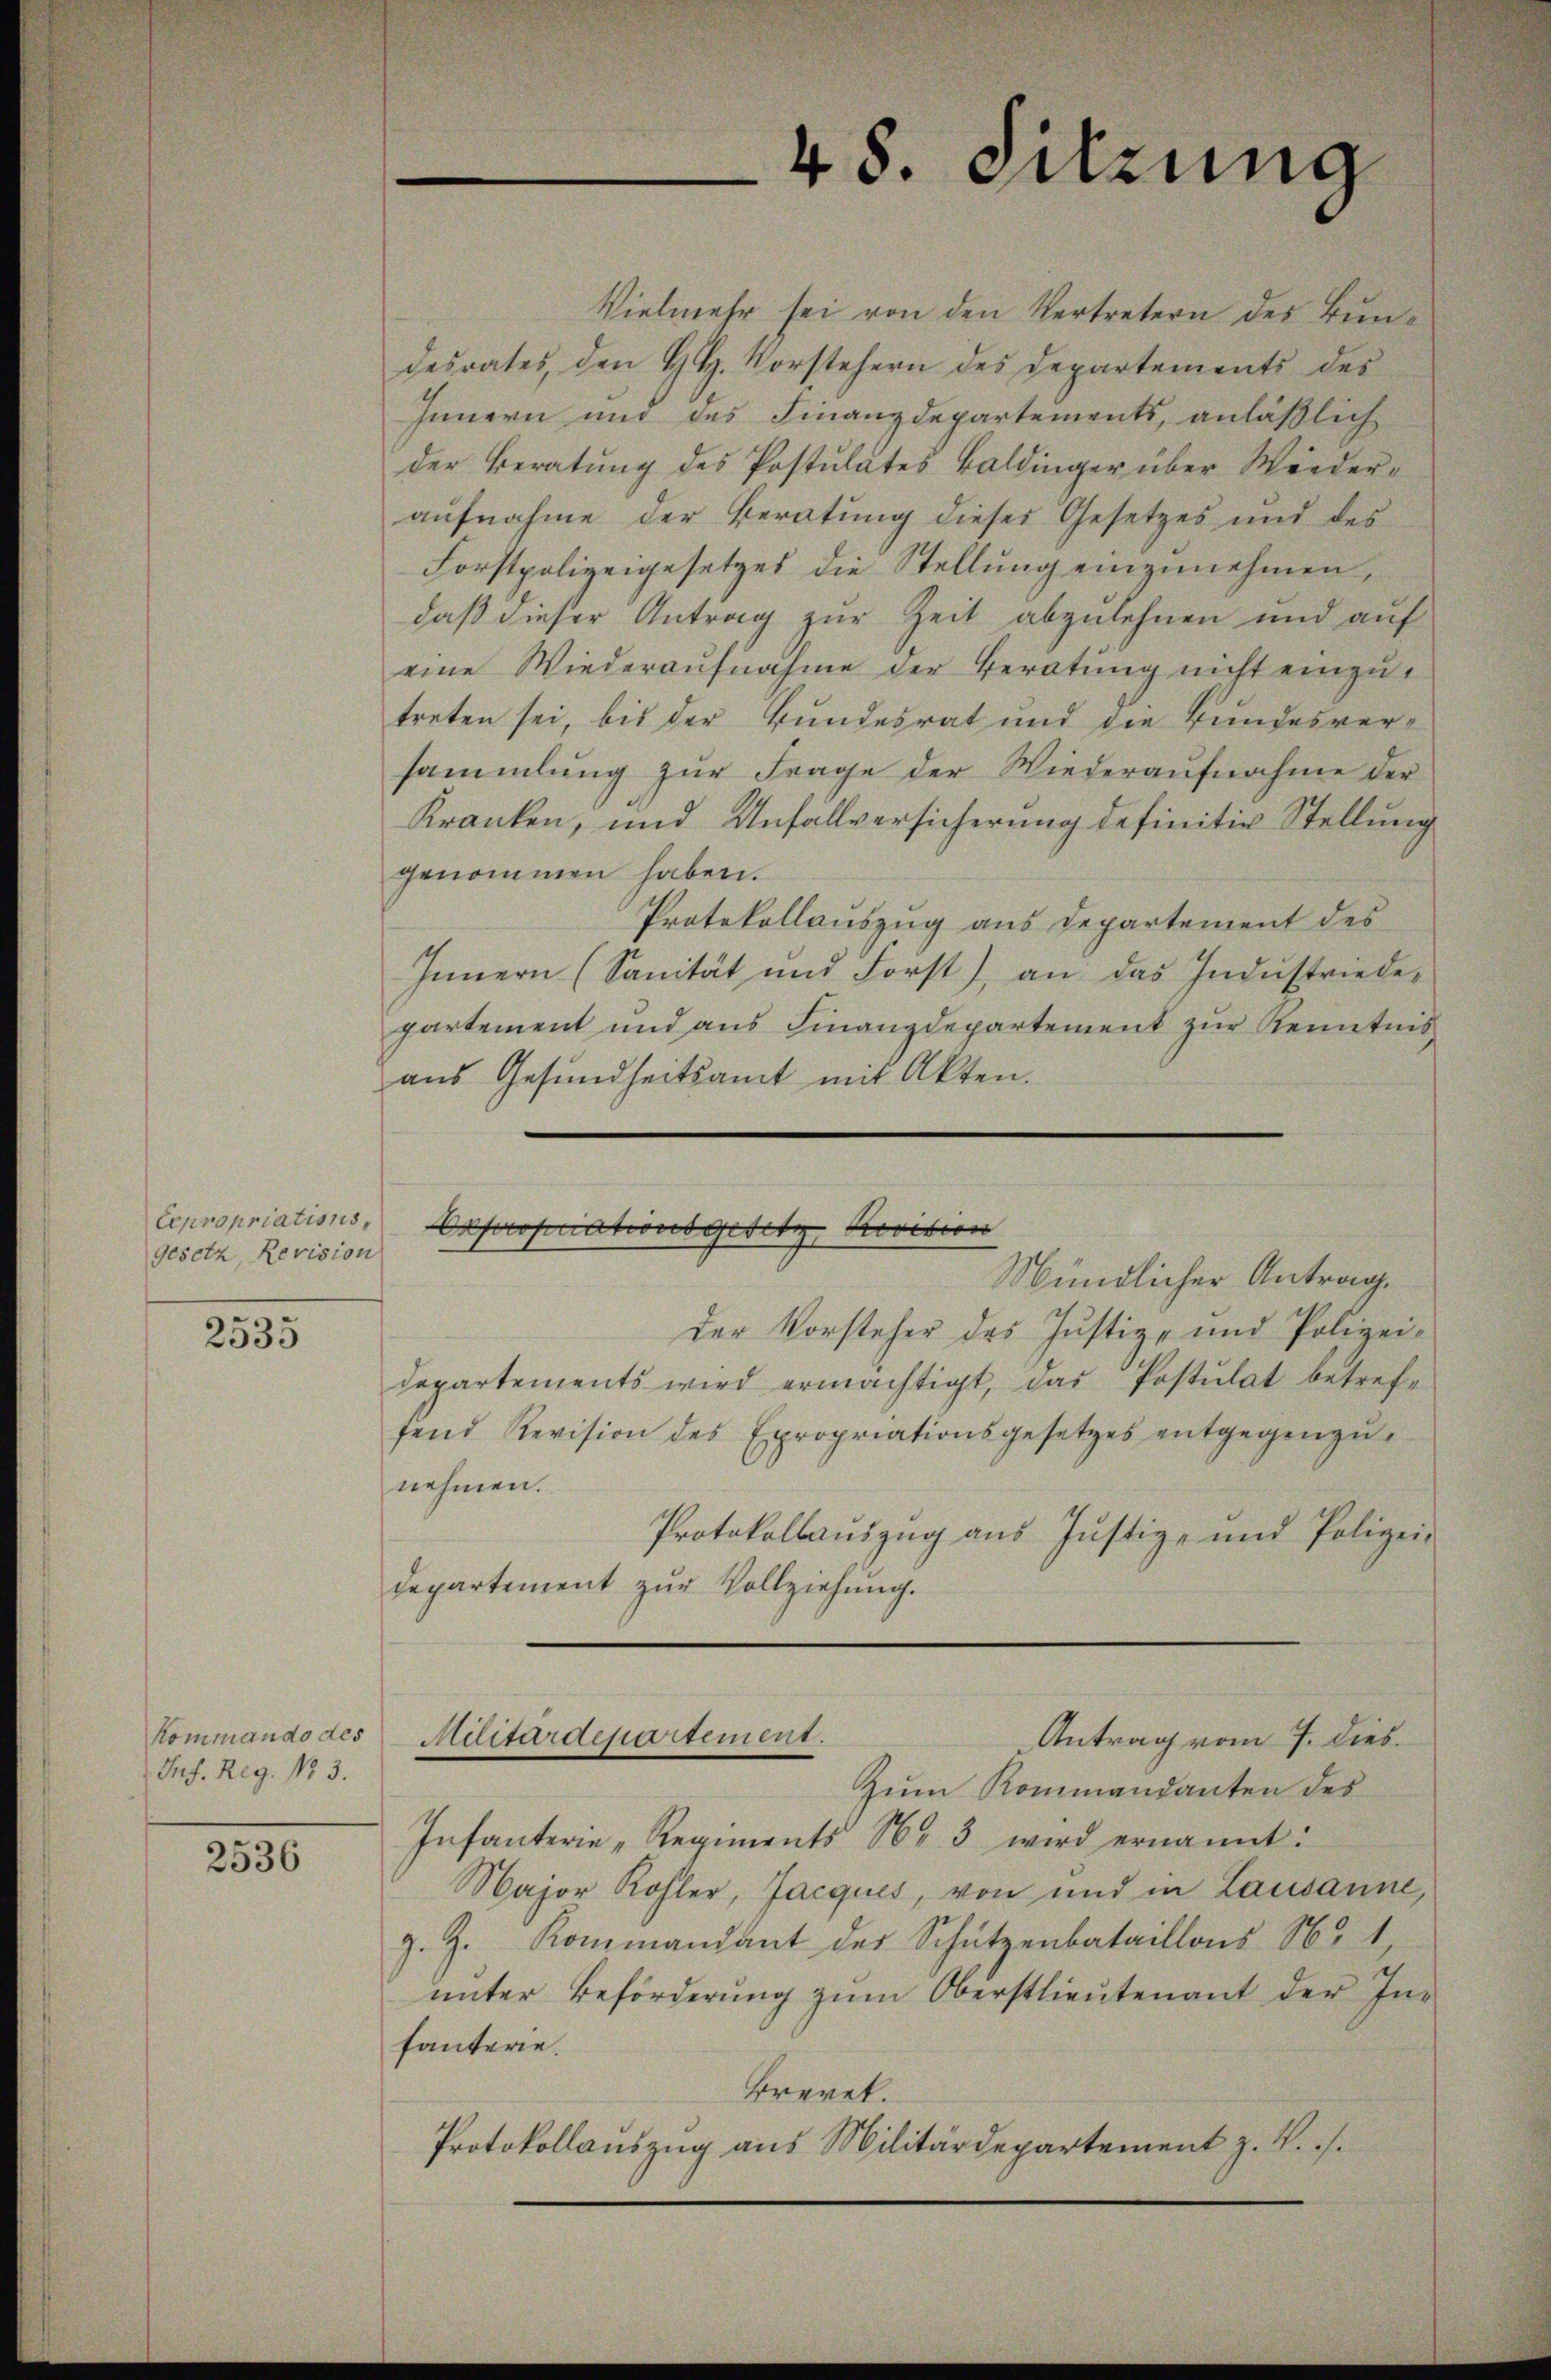
Expropriations,
Gesetz, Revision

2535

Kommando des
Inf. Reg. No 3.

2536

48. Sitzung

Vielmehr sei von den Vertretern des Bundesrates, den H. H. Vorstehern des Departements des
Innern und des Finanzdepartements, anläßlich
der Beratung des Postulates Baldinger über Wiederaufnahme der Beratung dieses Gesetzes und des
Forstpolizeigesetzes die Stellung einzunehmen,
daß dieser Antrag zur Zeit abzulehnen und auf
eine Wiederaufnahme der Beratung nicht einzutreten sei, bis der Bundesrat und die Bundesversammlung zur Frage der Wiederaŭfnahme der
Kranken, und Unfallversicherung definitiv Stellung
genommen haben.
Protokollauszug aus Departement des
Innern (Sanität und Forst), an das Industriedepartement und aus Finanzdepartement zŭr Kenntnis
aus Gesundheitsamt mit Akten.

Orposciationsgesetz Revision
Mündlicher Antrag.

der Vorsteher das Justiz- und Polizeidepartements wird ermächtigt, das Postulat betrefe
fend Revision des Expropriationsgesetzes entgegenzŭ-
nehmen.
Protokollaŭszŭg ans Justiz- und Polizei-
departement zur Vollziehung.
Militärdepartement.
Antrag vom 7. dies.
Zum Kommandanten des
Infanterie Regiments N. 3 wird ernannt:
Major Kohler, Jacques, von und in Lausanne,
g. Z. Kommandant der Schützenbataillons Nr 1,
ŭnter Beförderŭng zŭm Oberstlieutenant der Infanterie.
Brennt.
Protokollauszug aus Militärdepartement z. R./.